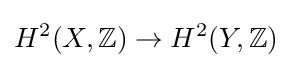
H^{2}(X,\mathbb {Z} )\to H^{2}(Y,\mathbb {Z} )